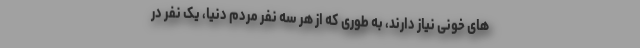
های خونی نیاز دارند، به طوری که از هر سه نفر مردم دنیا، یک نفر در